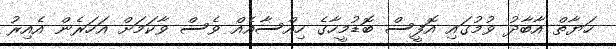
ހަޔާތް އާބާދު ވުމުގައި އޮފީސް ބޮޑުމީހާގެ ހިއްސާއެއް ވެސް ވާކަމަށް އަހަރެން އެއިރު